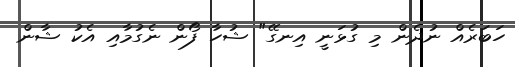
ހަބަރެއް ނުދެން މި ގުޅަނީ އިނގޭ" ޝުހާ ފޯން ނެގުމާއި އެކު ޝާން